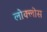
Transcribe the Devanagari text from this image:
लोक्लोस